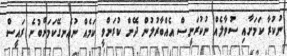
ނުކުރާ ކަމަށާއި ސުވާލެއް ނުކުރަނީސް އެއްބާރުލުން ދޭން ކުރަންވީ ކަމެއް ނުއެނގޭކަމަށްބުނެ ރައީސް